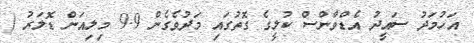
އަހުމަދު ސައީދު އެޑްވާންސް ކުލީގެ ގޮތުގައި މަދުވެގެން 9.9 މިލިއަން ޑޮލަރު (